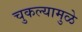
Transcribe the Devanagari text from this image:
चुकल्यामुळे